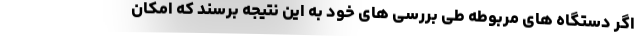
اگر دستگاه های مربوطه طی بررسی های خود به این نتیجه برسند که امکان